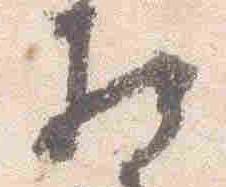
相